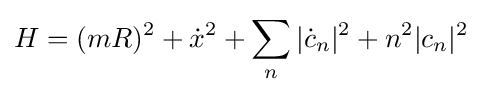
H=(mR)^{2}+{\dot {x}}^{2}+\sum _{n}|{\dot {c}}_{n}|^{2}+n^{2}|c_{n}|^{2}